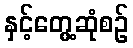
နှင့်တွေ့ဆုံစဉ်